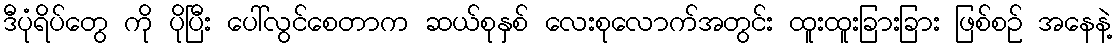
ဒီပုံရိပ်တွေ ကို ပိုပြီး ပေါ်လွင်စေတာက ဆယ်စုနှစ် လေးစုလောက်အတွင်း ထူးထူးခြားခြား ဖြစ်စဉ် အနေနဲ့